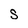
Character: S